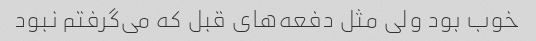
خوب بود ولی مثل دفعه‌های قبل که می‌گرفتم نبود